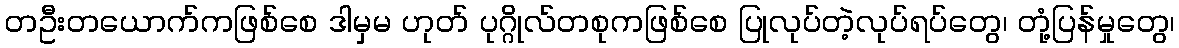
တဦးတယောက်ကဖြစ်စေ ဒါမှမ ဟုတ် ပုဂ္ဂိုလ်တစုကဖြစ်စေ ပြုလုပ်တဲ့လုပ်ရပ်တွေ၊ တုံ့ပြန်မှုတွေ၊